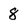
Character: 8